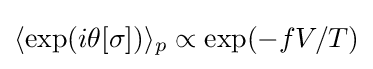
\langle \exp(i\theta [\sigma ])\rangle _{p}\propto \exp(-fV/T)